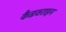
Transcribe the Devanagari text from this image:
कैडवराइन